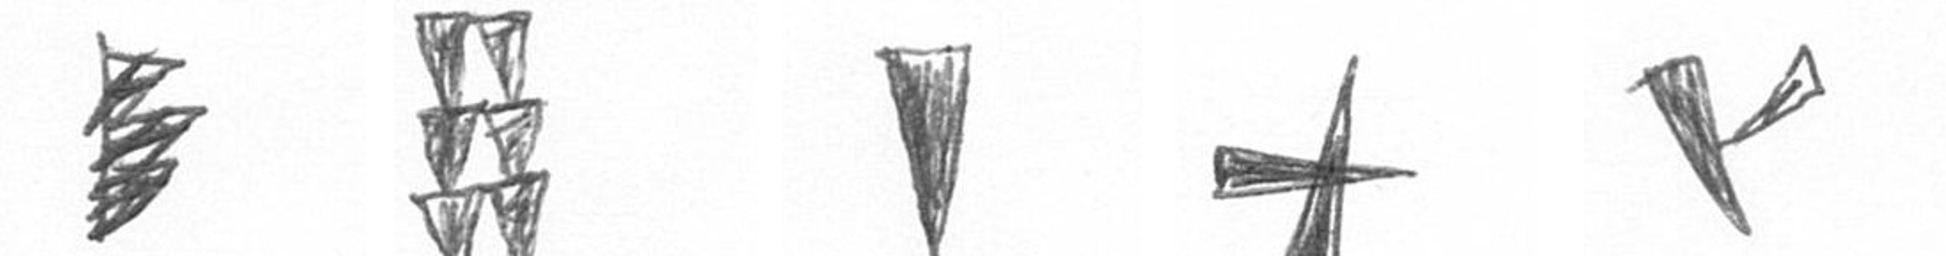
H Y J G F